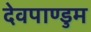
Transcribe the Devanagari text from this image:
देवपाण्डुम